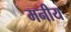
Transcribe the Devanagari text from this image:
मनीय